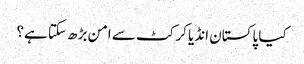
کیا پاکستان انڈیا کرکٹ سے امن بڑھ سکتا ہے؟